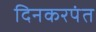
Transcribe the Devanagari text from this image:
दिनकरपंत